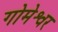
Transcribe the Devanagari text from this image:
गोमेश्वर